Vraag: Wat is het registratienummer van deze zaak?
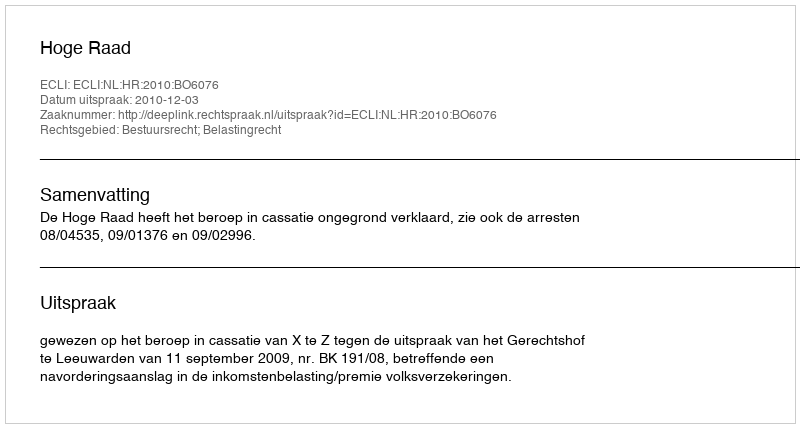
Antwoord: http://deeplink.rechtspraak.nl/uitspraak?id=ECLI:NL:HR:2010:BO6076